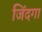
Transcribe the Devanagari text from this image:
जिंदगा